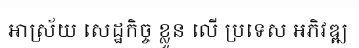
អាស្រ័យ សេដ្ឋកិច្ច ខ្លួន លើ ប្រទេស អភិវឌ្ឍ